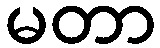
မတာ